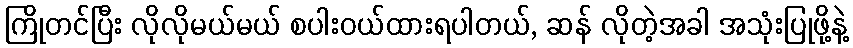
ကြိုတင်ပြီး လိုလိုမယ်မယ် စပါးဝယ်ထားရပါတယ်, ဆန် လိုတဲ့အခါ အသုံးပြုဖို့နဲ့